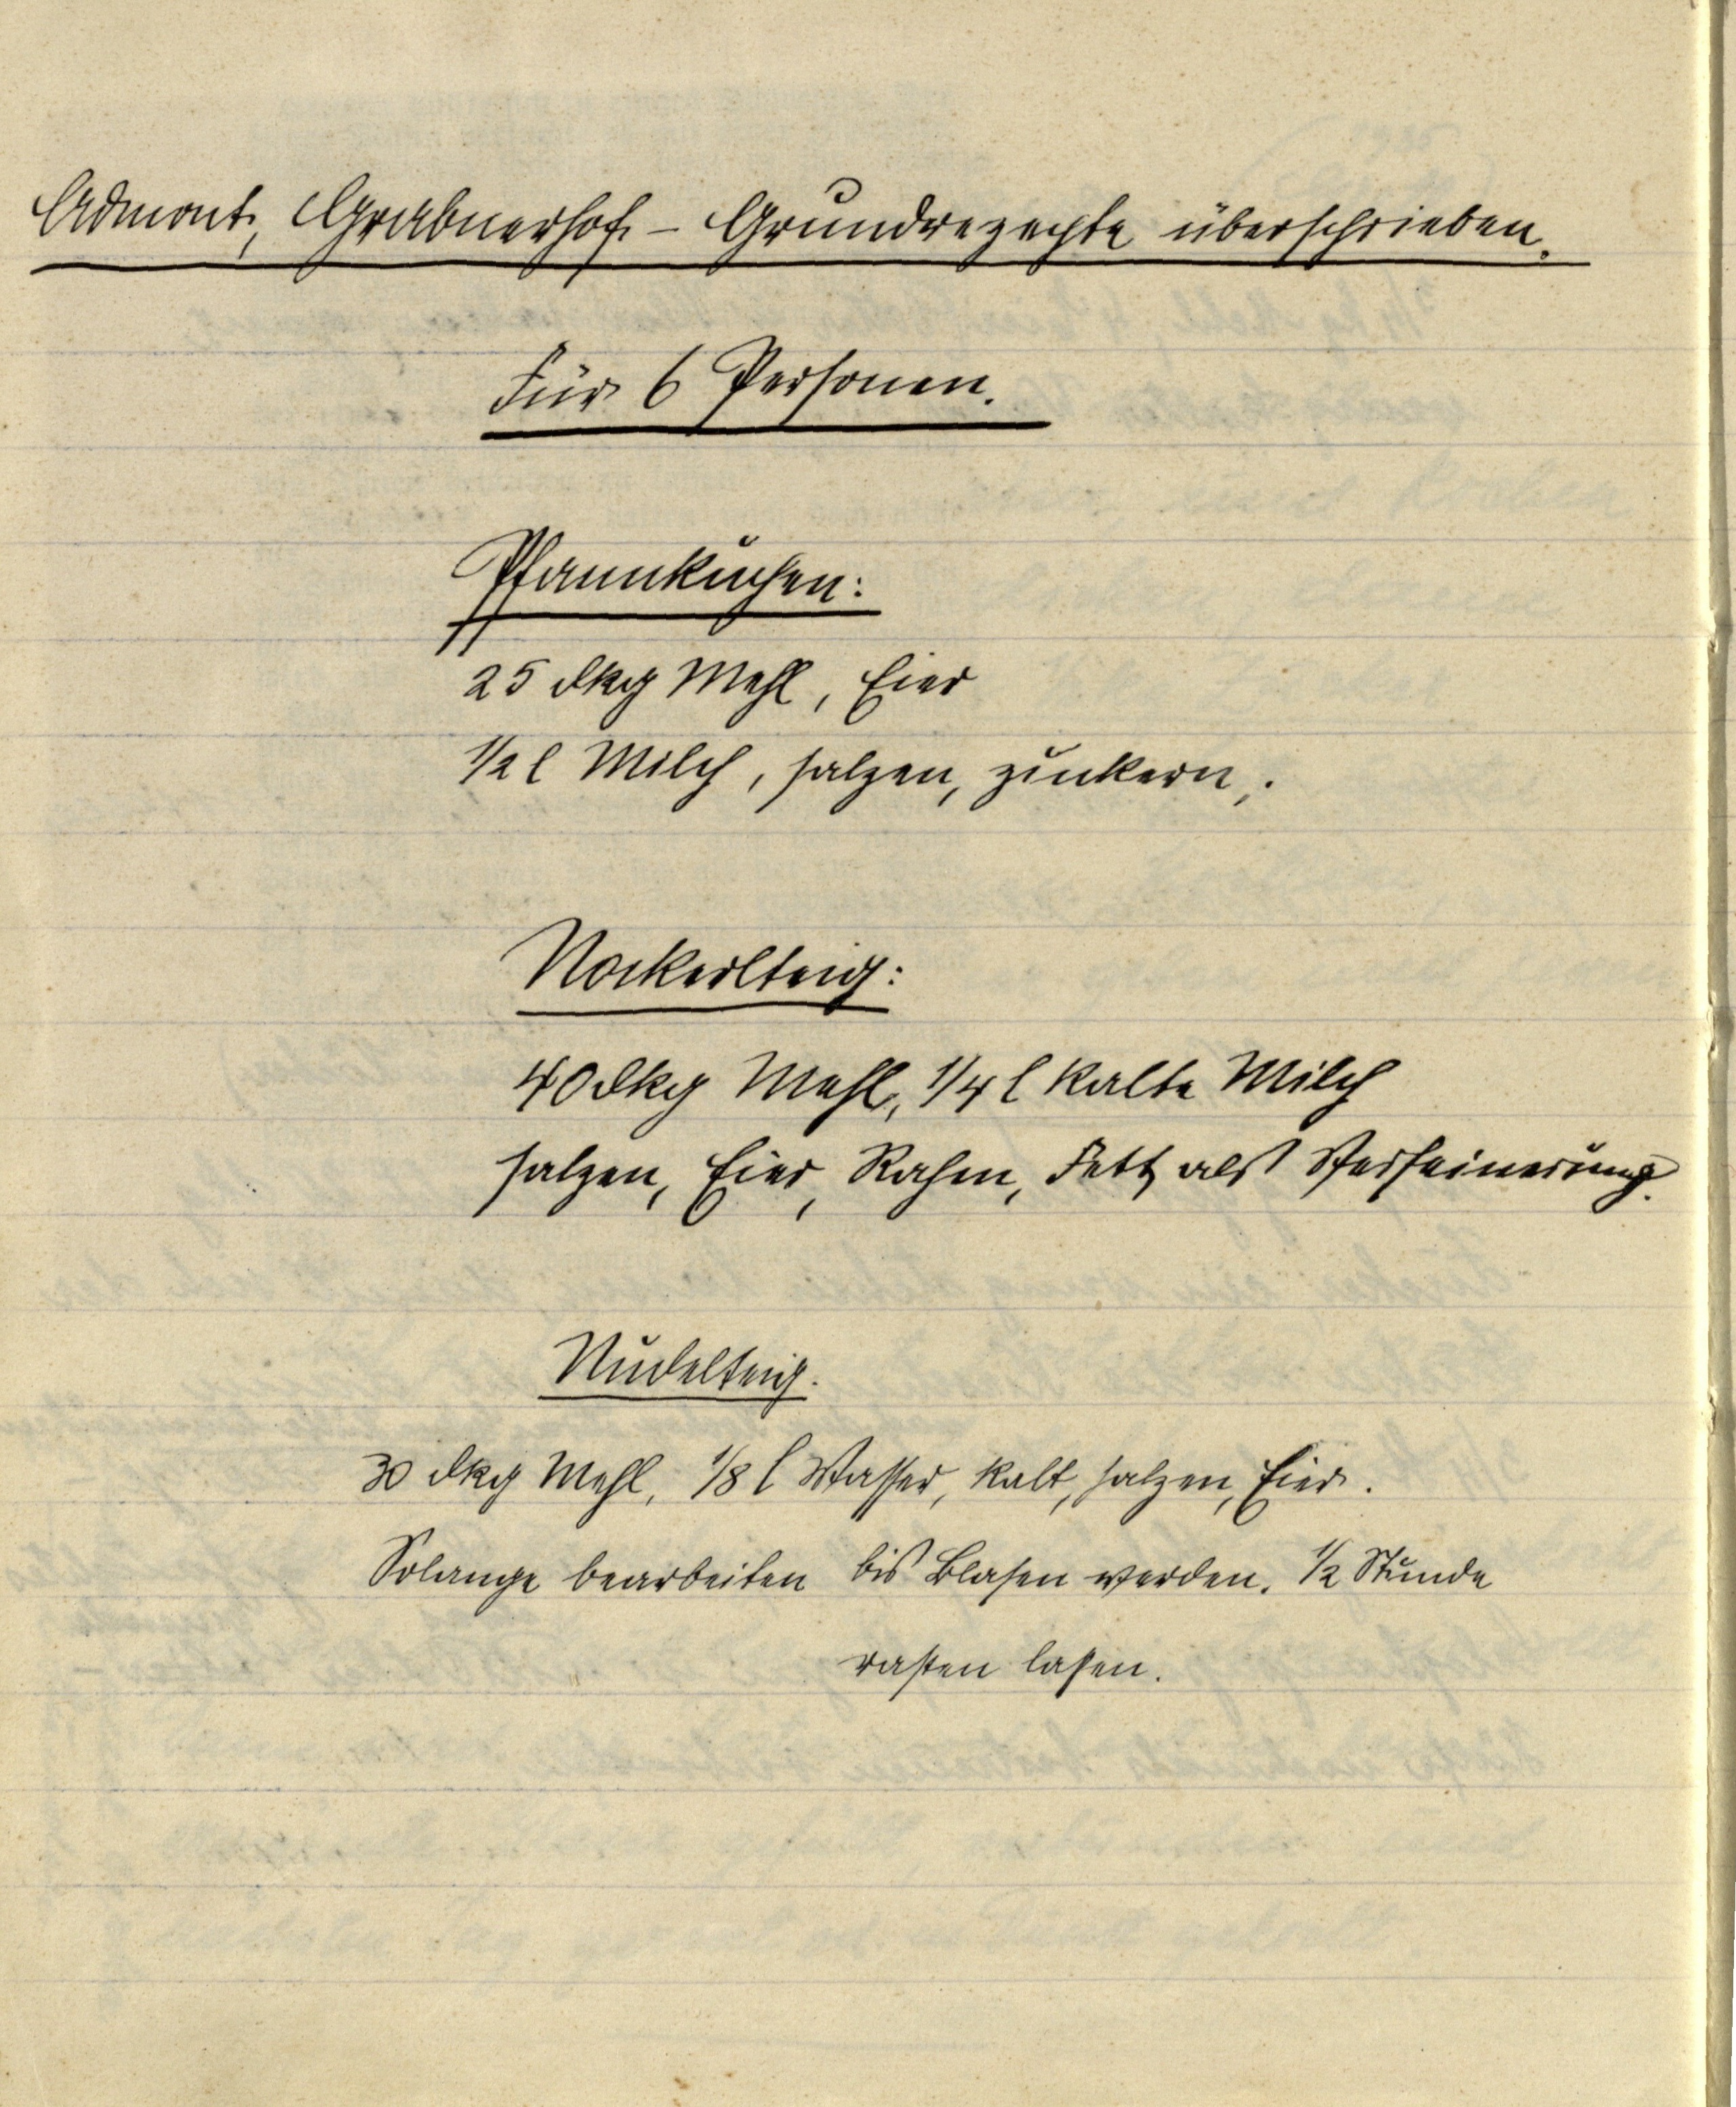
Admont, Grabnerhof — Grundrezepte überschrieben.
für 6 Personen.
Pfannkuchen:
25 dkg Mehl, Eier
½ l Milch, salzen, zuckern;
Nockerlteig:
40 dkg Mehl, ¼ l kalte Milch
salzen, Eier, Rahm, Fett als Verfeinerung.
Nudelteig:
30 dkg Mehl, ⅛ l Wasser, kalt, salzen, Eier.
Solange bearbeiten bis Blasen werden. ½ Stunde
rasten lassen.